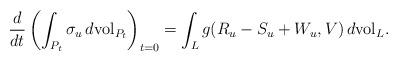
LaTeX: \begin{align*}\frac{d}{dt}\left(\int_{P_t}\sigma_u\,d{\rm vol}_{P_t}\right)_{t=0}=\int_L g(R_u-S_u+W_u,V)\,d{\rm vol}_L.\end{align*}